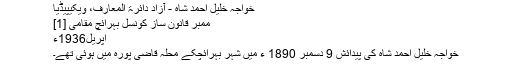
خواجہ خلیل احمد شاہ - آزاد دائرۃ المعارف، ویکیپیڈیا
ممبر قانون ساز کونسل بہرائچ مقامی [1]
اپریل1936ء
خواجہ خلیل احمد شاہ کی پیدائش 9 دسمبر 1890 ء میں شہر بہرائچکے محلہ قاضی پورہ میں ہوئی تھے۔